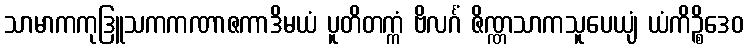
သာမာကကုဒြူသကကဏာဇကာဒိမယံ ပူတိတက္ကံ ဗိလင်္ဂံ ဇိဏ္ဏသာကသူပေယျံ ယံကိဉ္စိဒေဝ